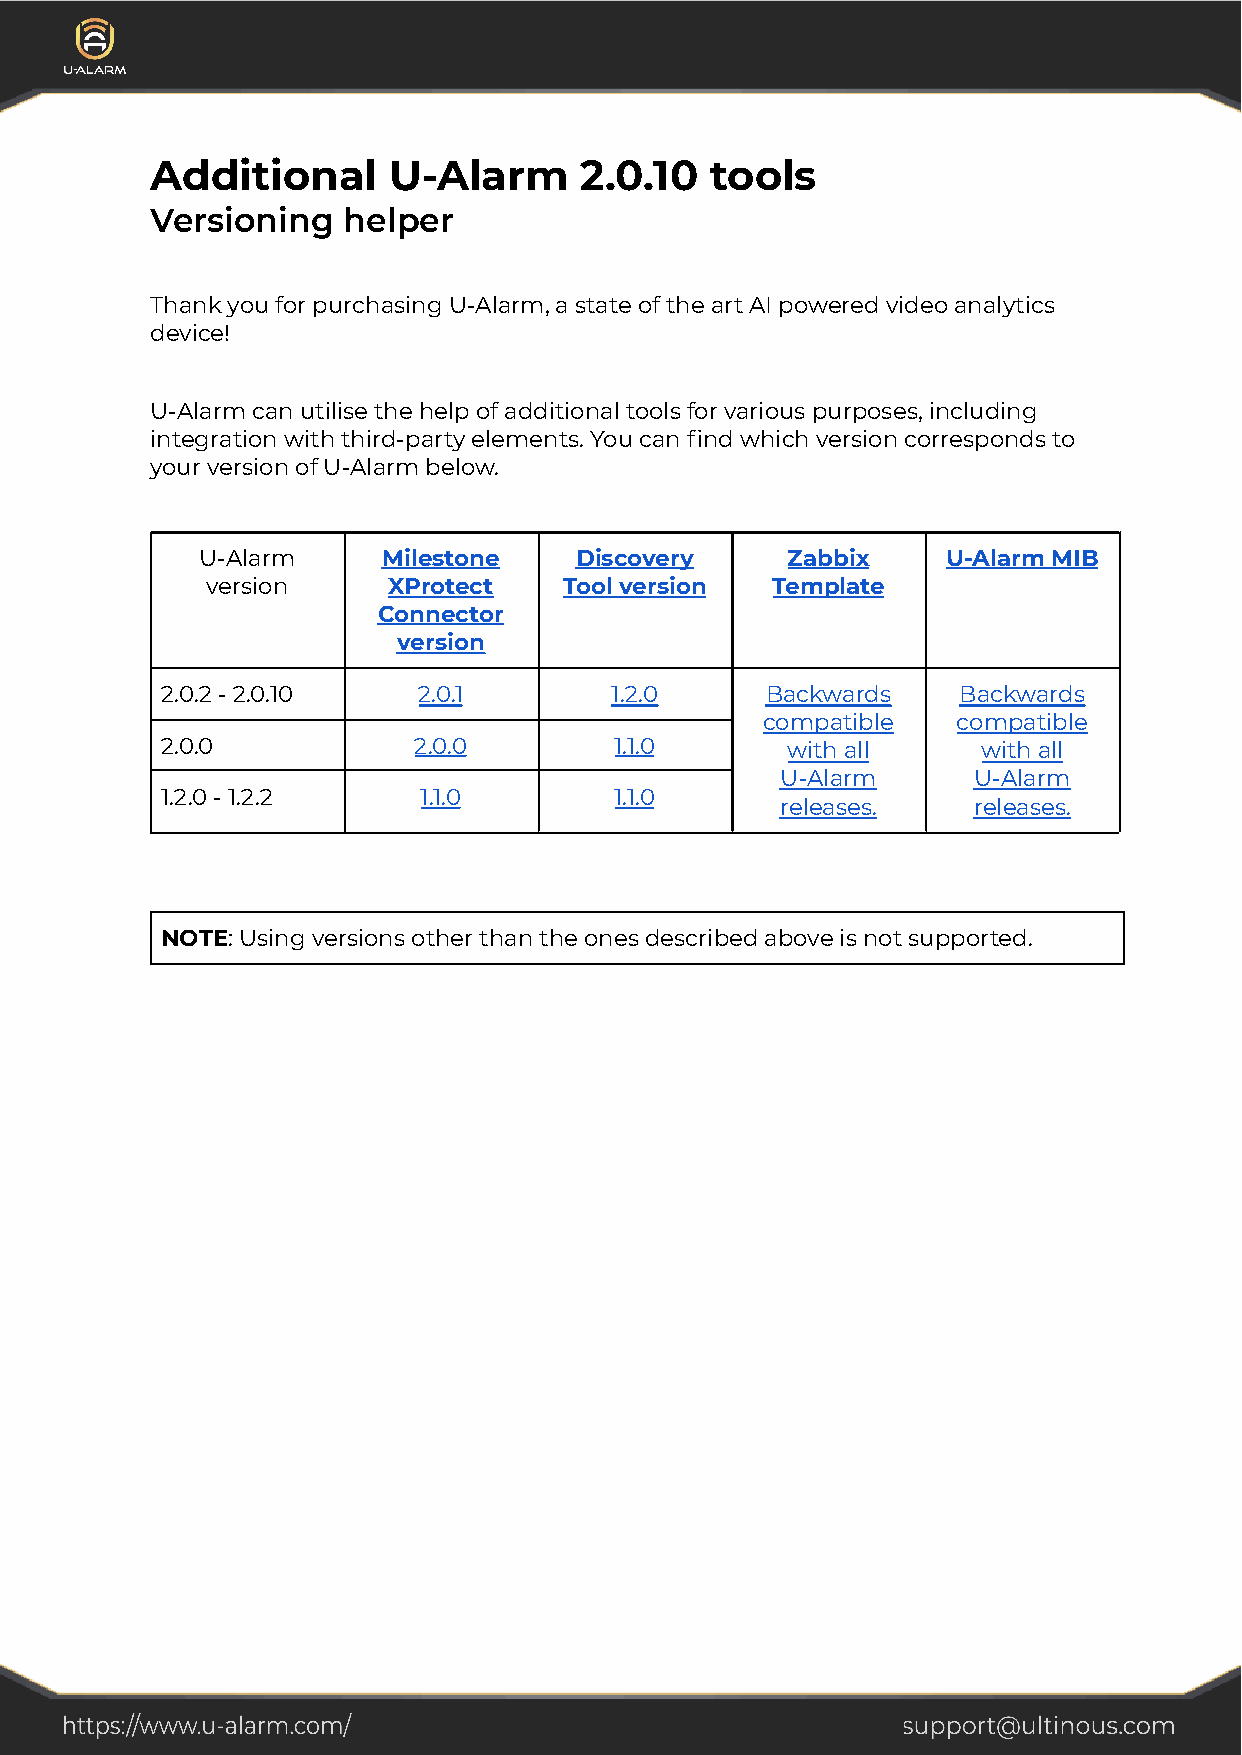
Additional      U-Alarm     2.0.10   tools
 Versioning   helper
 Thank you for purchasing U-Alarm, a state of the art AI powered video analytics
 device!
 U-Alarm can utilise the help of additional tools for various purposes, including
 integration with third-party elements. You can find which version corresponds to
 your version of U-Alarm below.
 U-Alarm     Milestone    Discovery     Zabbix     U-Alarm MIB
 version     XProtect   Tool version  Template
 Connector
 version
 2.0.2 - 2.0.10   2.0.1       1.2.0      Backwards   Backwards
 compatible   compatible
 2.0.0           2.0.0         1.1.0      with all     with all
 U-Alarm     U-Alarm
 1.2.0 - 1.2.2    1.1.0        1.1.0
 releases.   releases.
 NOTE: Using versions other than the ones describedabove is not supported.